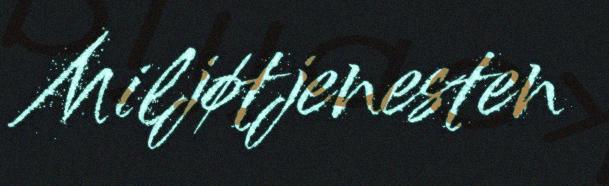
Miljøtjenesten